Vaccination in Burma 1920-1933 - 1920-1933
Year: 1920
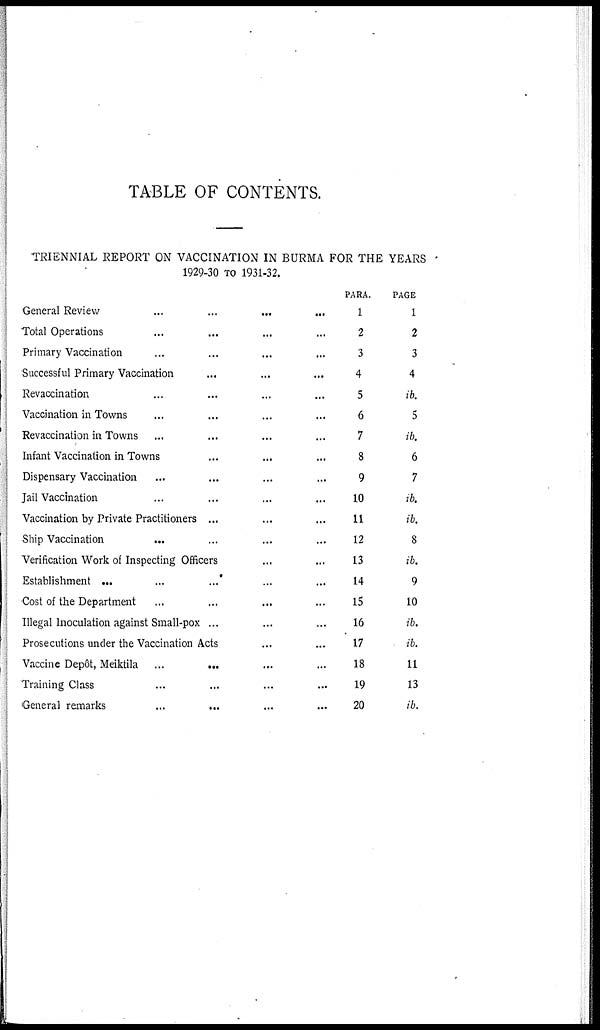
TABLE OF CONTENTS.
TRIENNIAL REPORT ON VACCINATION IN BURMA FOR THE YEARS
1929-30 TO 1931-32.
General Review
...
...
...
...
Total Operations ... ... ... ...
Primary Vaccination ... ... ... ...
Successful Primary Vaccination ... ... ...
Revaccination ... ... ... ...
Vaccination in Towns ... ... ... ...
Revaccination in Towns ... ... ... ...
Infant Vaccination in Towns ... ... ...
Dispensary Vaccination ... ... ... ...
Jail Vaccination ... ... ... ...
Vaccination by Private Practitioners ... ... ...
Ship Vaccination ... ... ... ...
Verification Work of Inspecting Officers ... ...
Establishment ...
...
...
...
...
Cost of the Department ... ... ... ...
Illegal Inoculation against Small-pox ... ... ...
Prosecutions under the Vaccination Acts ... ...
Vaccine Depôt, Meiktila
...
...
...
...
Training Class ... ... ... ...
General remarks ... ... ... ...
PARA.
1
2
3
4
5
6
7
8
9
10
11
12
13
14
15
16
17
18
19
20
PAGE
1
2
3
4
ib.
5
ib.
6
7
ib.
ib.
8
ib.
9
10
ib.
ib.
11
13
ib.